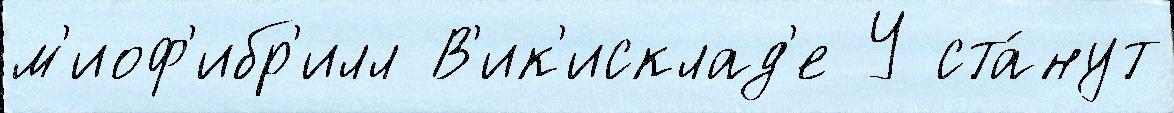
м'иоф'ибр'илл В'ик'исклад'е У ста́нут